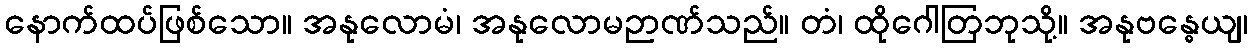
နောက်ထပ်ဖြစ်သော။ အနုလောမံ၊ အနုလောမဉာဏ်သည်။ တံ၊ ထိုဂေါတြဘုသို့။ အနုဗန္ဓေယျ၊